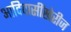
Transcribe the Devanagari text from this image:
आदिवासींखेरीज